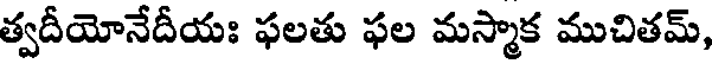
త్వదీయోనేదీయః ఫలతు ఫల మస్మాక ముచితమ్,